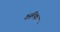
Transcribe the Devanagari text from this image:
क्ष्रमिक